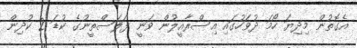
އެގޮތުން މިދިޔަ ހޯމަ ދުވަހުގައި އިސްރާއީލުން ވަނީ ފަލަސްތީނުގެ ކުޑަ 2 ކުދިން